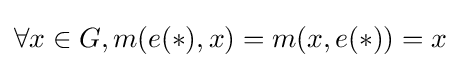
\forall x\in G,m(e(*),x)=m(x,e(*))=x